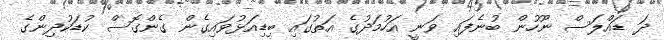
ދަ ޑައްލަސް ނޫހުން ބުނެފައި ވަނީ އަހުމަދުގެ އަތުގައި ބިޑިއަޅުވައިގެން ގެންގޮސް ކުޑަކުދިންގެ